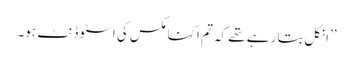
’’انکل بتا رہے تھے کہ تم اکنامکس کی اسٹوڈنٹ ہو۔